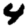
Digit: 4